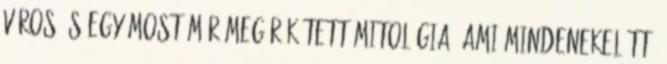
város és egy most már megörökített mitológia, ami mindenekelőtt,